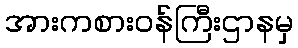
အားကစားဝန်ကြီးဌာနမှ